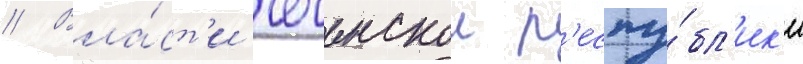
// Вла́ст'и чеченскои р'еспу́бл'ик'и